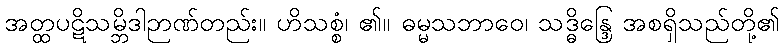
အတ္ထပဋိသမ္ဘိဒါဉာဏ်တည်း။ ဟိသစ္စံ၊ ၏။ ဓမ္မသဘာဝေ၊ သဒ္ဓိန္ဒြေ အစရှိသည်တို့၏